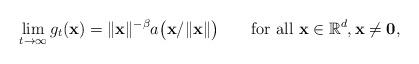
LaTeX: \begin{align*}\lim_{t \to\infty} g_t(\mathbf{x}) = \|\mathbf{x}\|^{-\beta}a\bigl(\mathbf{x}/\|\mathbf{x}\|\bigr) \qquad\mbox{for all } \mathbf{x}\in\mathbb{R}^d, \mathbf{x}\neq\mathbf{0},\end{align*}